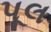
પૂલ